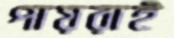
পায়রাই